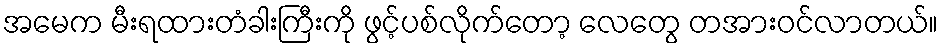
အမေက မီးရထားတံခါးကြီးကို ဖွင့်ပစ်လိုက်တော့ လေတွေ တအားဝင်လာတယ်။